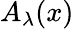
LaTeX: A_{\lambda}(x)